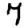
Digit: 7